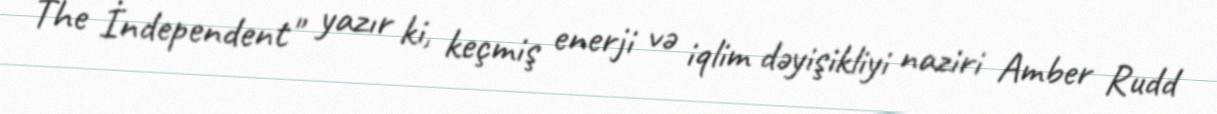
The İndependent" yazır ki, keçmiş enerji və iqlim dəyişikliyi naziri Amber Rudd